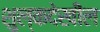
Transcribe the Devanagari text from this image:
शुल्कदेखील